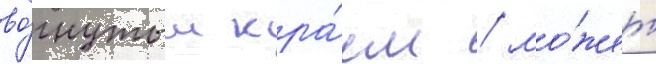
во́гнутым кра́ем / мо́жет